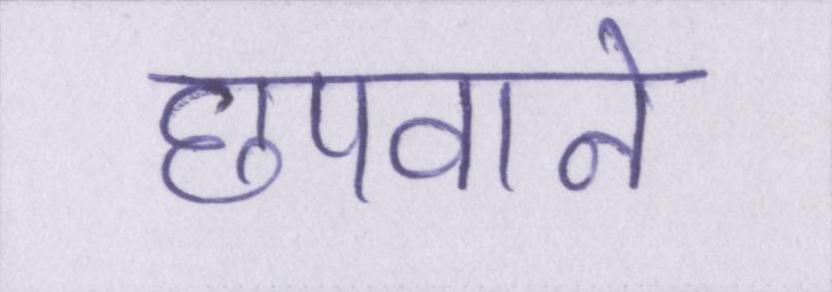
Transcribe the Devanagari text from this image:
छपवाने